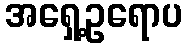
အရှေ့ဥရောပ